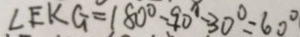
\angle E K G = 1 8 0 ^ { \circ } - 9 0 ^ { x } - 3 0 ^ { \circ } = 6 0 ^ { \circ }